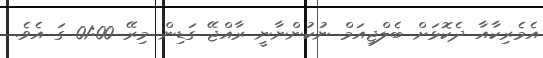
އެމެރިކާއާ ދެކޮޅަށް ބެލްޖިއަމް ނުކުންނާނީ ރާއްޖޭ ގަޑިން މިރޭ 01:00 ގަ އެވެ.